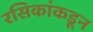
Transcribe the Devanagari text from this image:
रसिकांकडून